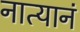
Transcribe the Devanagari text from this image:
नात्यानं